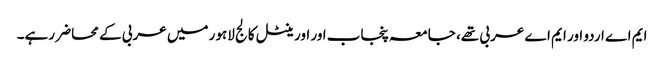
ایم اے اردو اور ایم اے عربی تھے، جامعہ پنجاب اور اورینٹل کالج لاہور میں عربی کے محاضر رہے۔